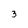
Character: 3